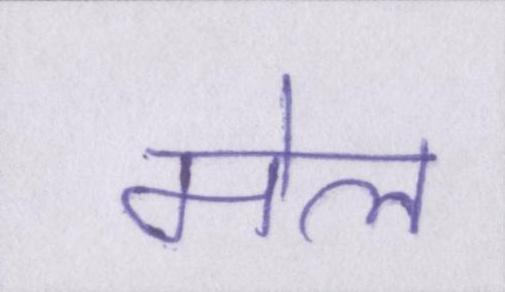
मेल